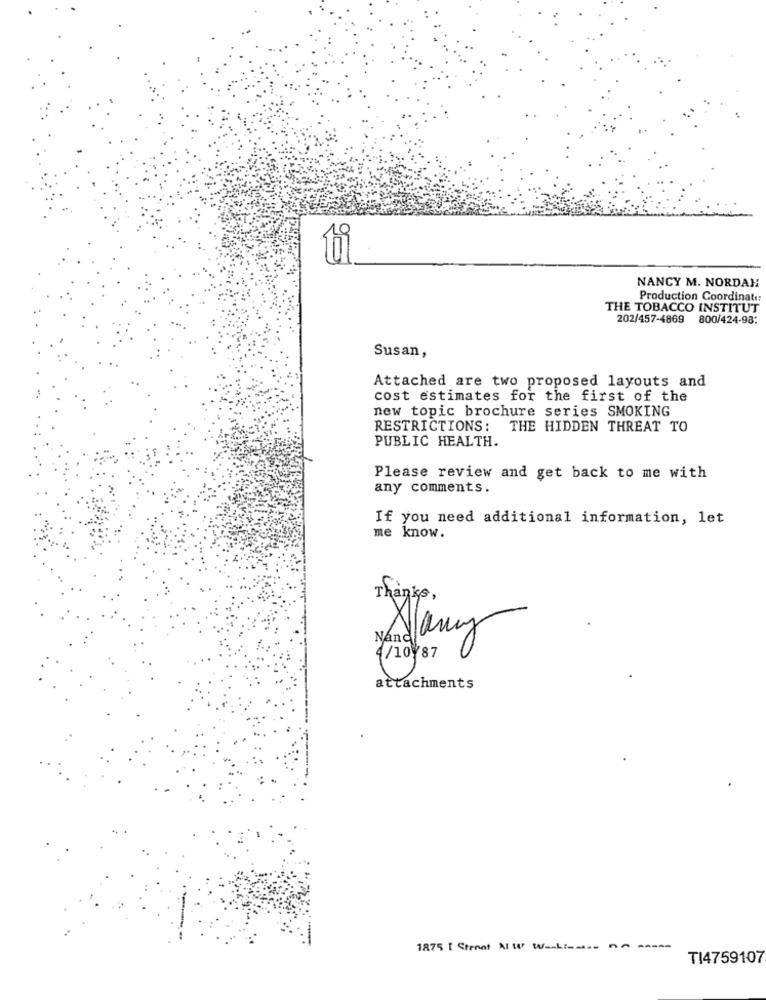
NANCY M. NORDAH
Production Coordinate:
THE TOBACCO INSTITUT
202/457-4869 800/424-98:
Susan,
Attached are two proposed layouts and
cost estimates for the first of the
new topic brochure series SMOKING
RESTRICTIONS: THE HIDDEN THREAT TO
PUBLIC HEALTH.
Please review and get back to me with
any comments.
If you need additional information, let
me know.
Thanks,
Nanel
4/10787
attachments
1875 I Street NW WEL :- no
TI4759107